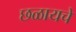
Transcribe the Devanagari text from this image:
छळायचे